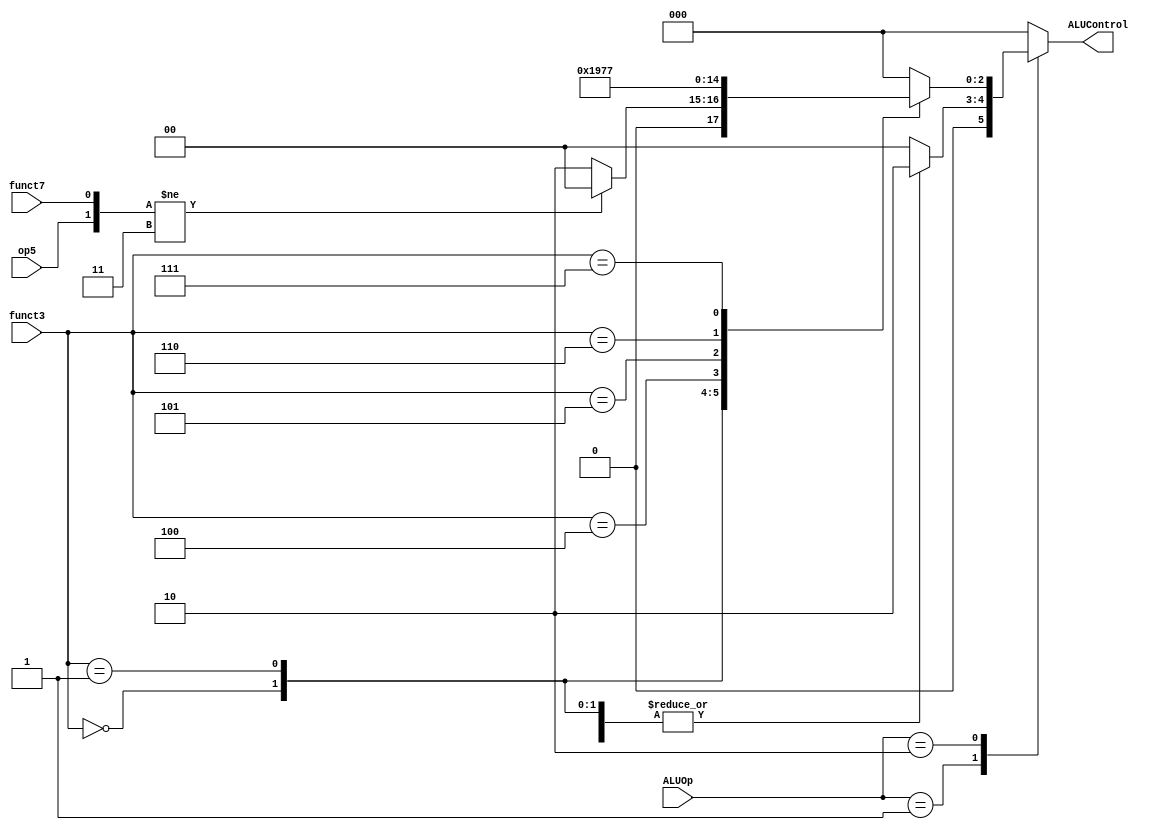
module ALU_Decoder (
    input[1:0] ALUOp,
    input[2:0] funct3,
    input funct7,
    input op5,
    output reg[2:0] ALUControl
);

always @(*) begin
    case (ALUOp)
        2'b00: ALUControl <= 3'b000;

        2'b01:
            begin
                case (funct3)
                    3'b000: ALUControl <= 3'b010; 
                    3'b001: ALUControl <= 3'b010;
                    3'b100: ALUControl <= 3'b010;

                    default: ALUControl <= 3'b000;
                endcase
            end

        2'b10:
            begin
                case (funct3)
                    3'b000: 
                    begin
                        if ( {op5, funct7} != 2'b11 ) begin
                            ALUControl <= 3'b000;
                        end
                        else begin
                            ALUControl <= 3'b010;
                        end
                    end 
                    3'b001: ALUControl <= 3'b001;
                    3'b100: ALUControl <= 3'b100;
                    3'b101: ALUControl <= 3'b101;
                    3'b110: ALUControl <= 3'b110;
                    3'b111: ALUControl <= 3'b111;

                    default: ALUControl <= 3'b000;
                endcase
            end  
         
        default : ALUControl <= 3'b000 ;
    endcase
end

    
endmodule